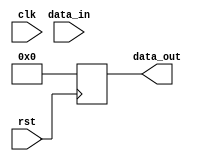
module reset_trigger (
    input rst,
    input clk,
    input [7:0] data_in,
    output reg [7:0] data_out
);

always @ (negedge rst) begin
    // Code block triggered on negative edge of reset signal
    data_out <= 8'b0; // Reset data_out to 0
end

endmodule